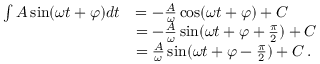
{ \begin{array} { r l } { \int A \sin ( \omega t + \varphi ) d t } & { = - { \frac { A } { \omega } } \cos ( \omega t + \varphi ) + C } \\ & { = - { \frac { A } { \omega } } \sin ( \omega t + \varphi + { \frac { \pi } { 2 } } ) + C } \\ & { = { \frac { A } { \omega } } \sin ( \omega t + \varphi - { \frac { \pi } { 2 } } ) + C \, . } \end{array} }